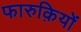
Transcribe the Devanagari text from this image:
फारुक़ियों